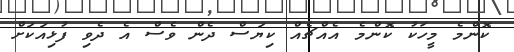
ކޮންމެ މީހަކު ކޮންމެ އެއްޗެއް ކިޔަސް ދެން ވެސް އެ ދެވި ފުޅިއަކަށް